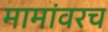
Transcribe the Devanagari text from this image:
मामांवरच